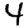
Digit: 4